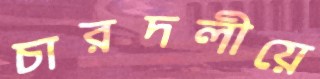
চারদলীয়ে